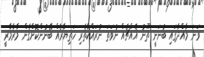
ވަނަ މާއްދާގައި ބުނަނީ ތޫނު އެއްޗެއް ނުވަތަ ނުރައްކާތެރި ހަތިޔާރެއް ބޭނުންކޮށްގެން މާރާމާރީ